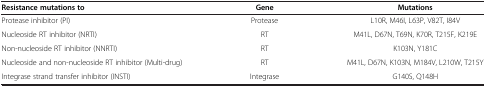
| Resistance mutations to | Gene | Mutations |
 | --- | --- | --- |
 | Protease inhibitor (PI) | Protease | L10R, M46I, L63P, V82T, I84V |
 | Nucleoside RT inhibitor (NRTI) | RT | M41L, D67N, T69N, K70R, T215F, K219E |
 | Non-nucleoside RT inhibitor (NNRTI) | RT | K103N, Y181C |
 | Nucleoside and non-nucleoside RT inhibitor (Multi-drug) | RT | M41L, D67N, K103N, M184V, L210W, T215Y |
 | Integrase strand transfer inhibitor (INSTI) | Integrase | G140S, Q148H |